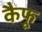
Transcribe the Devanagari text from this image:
कैफू